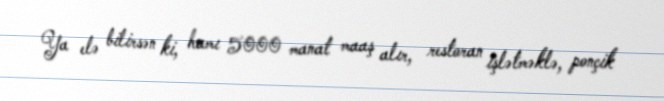
Ya elə bilirsən ki, hamı 5000 manat maaş alır, restoran işlətməklə, ponçik